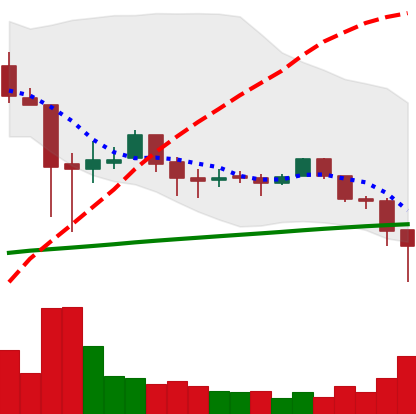
Ticker: LTC-USD
Chart end date: 2018-02-02
Forward return: 5.194%
Label: up_5_7